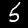
Digit: 5